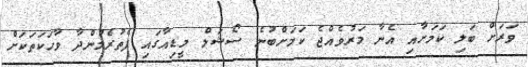
ވަރަށް ބަލި ކަމަށާއި އެނާ މަރުވެއްޖެ ކަމަށްބުނެ ސޯޝަލް މީޑިއާގައި ފެތުރެމުންދާ ވާހަކަތަކަށް